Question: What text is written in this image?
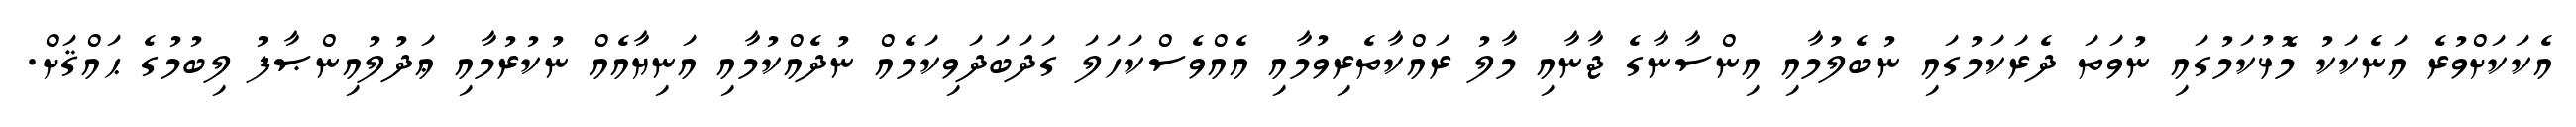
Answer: އެކަކަށްވުރެ އަނެކަކު މޮޅުކަމުގައި ނުވަތަ ދެރަކަމުގައި ނުބެލުމާއި އިންސާނާގެ ޖާނާއި މާލު ރައްކާތެރިވުމާއި އެއްވެސްކަހަލަ ގަދަބަދަވިކަމެއް ނުދެއްކުމާއި އަނިޔާއެއް ނުކުރުމާއި ޢަދުލުއިންޞާފު ލިބުމުގެ ޙައްޤަށް.